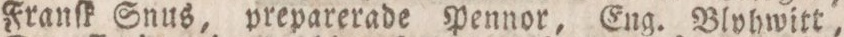
Franſk Snus, preparerade Pennor, Eng. Blyhwitt,